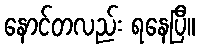
နောင်တလည်း ရနေပြီ။